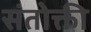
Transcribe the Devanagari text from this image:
संतोक्ती